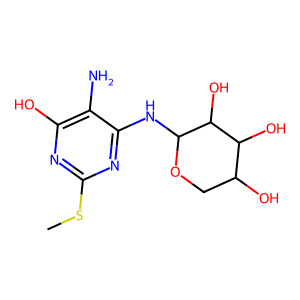
SMILES: CSc1nc(O)c(N)c(NC2OCC(O)C(O)C2O)n1
Inhibits HIV replication: No